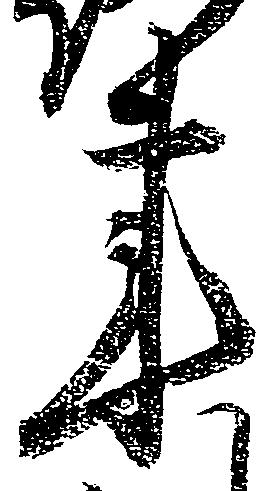
事